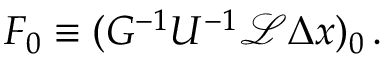
\begin{array} { r } { F _ { 0 } \equiv ( G ^ { - 1 } U ^ { - 1 } \mathcal { L } \Delta \boldsymbol { x } ) _ { 0 } \, . } \end{array}